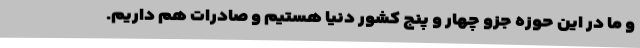
و ما در این حوزه جزو چهار و پنج کشور دنیا هستیم و صادرات هم داریم.